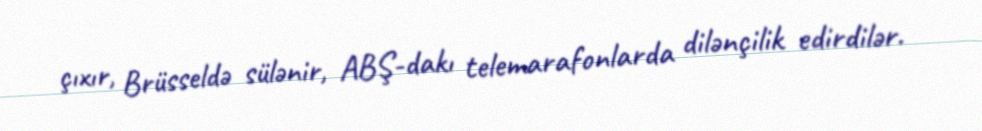
çıxır, Brüsseldə sülənir, ABŞ-dakı telemarafonlarda dilənçilik edirdilər.